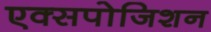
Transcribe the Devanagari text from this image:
एक्सपोजिशन